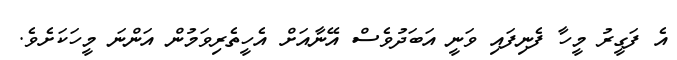
އެ ފަގީރު މީހާ ފެނިފައި ވަނީ އަބަދުވެސް އޭނާއަށް އެހީތެރިވަމުން އަންނަ މީހަކަށެވެ.